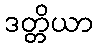
ဒတ္တိယာ